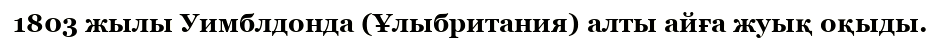
1803 жылы Уимблдонда (Ұлыбритания) алты айға жуық оқыды.